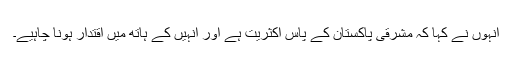
انہوں نے کہا کہ مشرقی پاکستان کے پاس اکثریت ہے اور انہیں کے ہاتھ میں اقتدار ہونا چاہیے۔